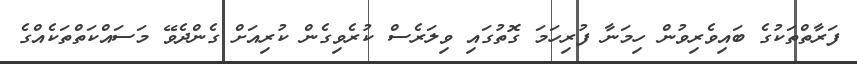
ފަރާތްތަކުގެ ބައިވެރިވުން ހިމަނާ ފުރިހަމަ ގޮތުގައި ވިލަރެސް ކުރެވިގެން ކުރިއަށް ގެންދެވޭ މަސައްކަތްތަކެއްގެ